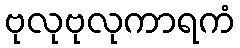
ဗုလုဗုလုကာရကံ